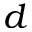
d